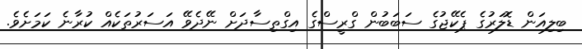
ބިލިއަން ޑޮލަރުގެ ޕެކޭޖުގެ ސަބަބުން ގްރީސްގެ އިގްތިސާދަށް ނޭދެވޭ އަސަރުތަކެއް ކުރާނެ ކަމަށެވެ.